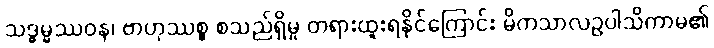
သဒ္ဓမ္မဿဝန၊ ဗာဟုဿစ္စ စသည်ရှိမှု တရားထူးရနိုင်ကြောင်း မိကသာလဥပါသိကာမ၏